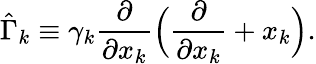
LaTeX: \hat{\Gamma}_{k}\equiv\gamma_{k}\frac{\partial}{\partial{x_{k}}}\Big(\frac{\partial}{\partial{x_{k}}}+x_{k}\Big).